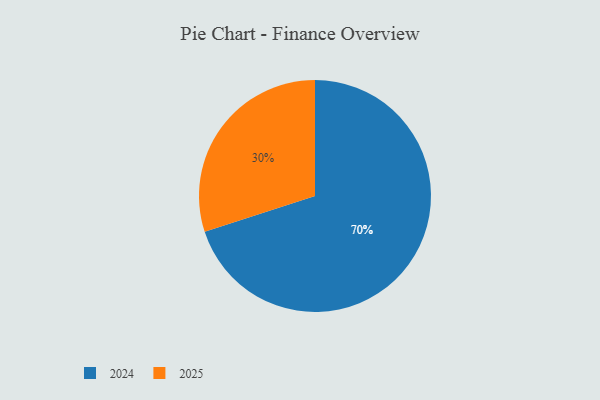
{"axis": {"x": "Category", "y": "Percentage"}, "legend": ["2024", "2025"], "data": [{"x": "2025", "y": 30, "type": "2025"}, {"x": "2024", "y": 70, "type": "2024"}]}